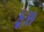
કૂછ